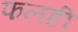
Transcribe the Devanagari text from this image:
फलही